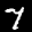
Label: 7